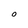
Character: O